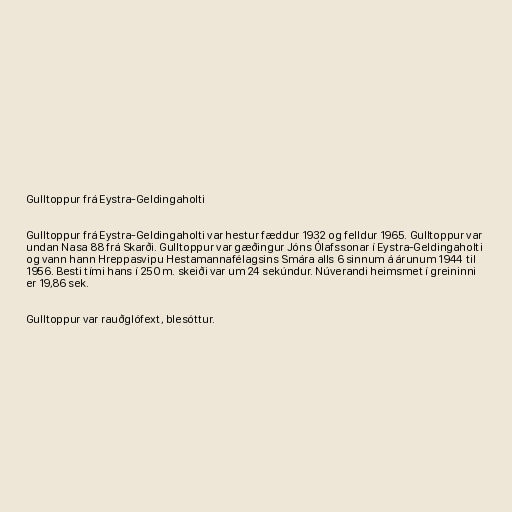
Gulltoppur frá Eystra-Geldingaholti

Gulltoppur frá Eystra-Geldingaholti var hestur fæddur 1932 og felldur 1965. Gulltoppur var
undan Nasa 88 frá Skarði. Gulltoppur var gæðingur Jóns Ólafssonar í Eystra-Geldingaholti
og vann hann Hreppasvipu Hestamannafélagsins Smára alls 6 sinnum á árunum 1944 til
1956. Besti tími hans í 250 m. skeiði var um 24 sekúndur. Núverandi heimsmet í greininni
er 19,86 sek.

Gulltoppur var rauðglófext, blesóttur.